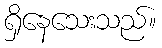
ရှိနေသေးသည်။